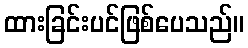
ထားခြင်းပင်ဖြစ်ပေသည်။